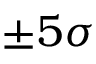
\pm 5 \sigma